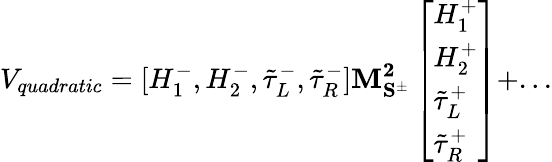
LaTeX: V_{quadratic}=[H_{1}^{-},H_{2}^{-},\tilde{\tau}_{L}^{-},\tilde{\tau}_{R}^{-}]\mathbf{M_{S^{\pm}}^{2}}\left[\begin{array}{l}{{H_{1}^{+}}}\\ {{H_{2}^{+}}}\\ {{\tilde{\tau}_{L}^{+}}}\\ {{\tilde{\tau}_{R}^{+}}}\end{array}\right]+...